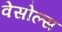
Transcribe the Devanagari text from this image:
वेसोल्स